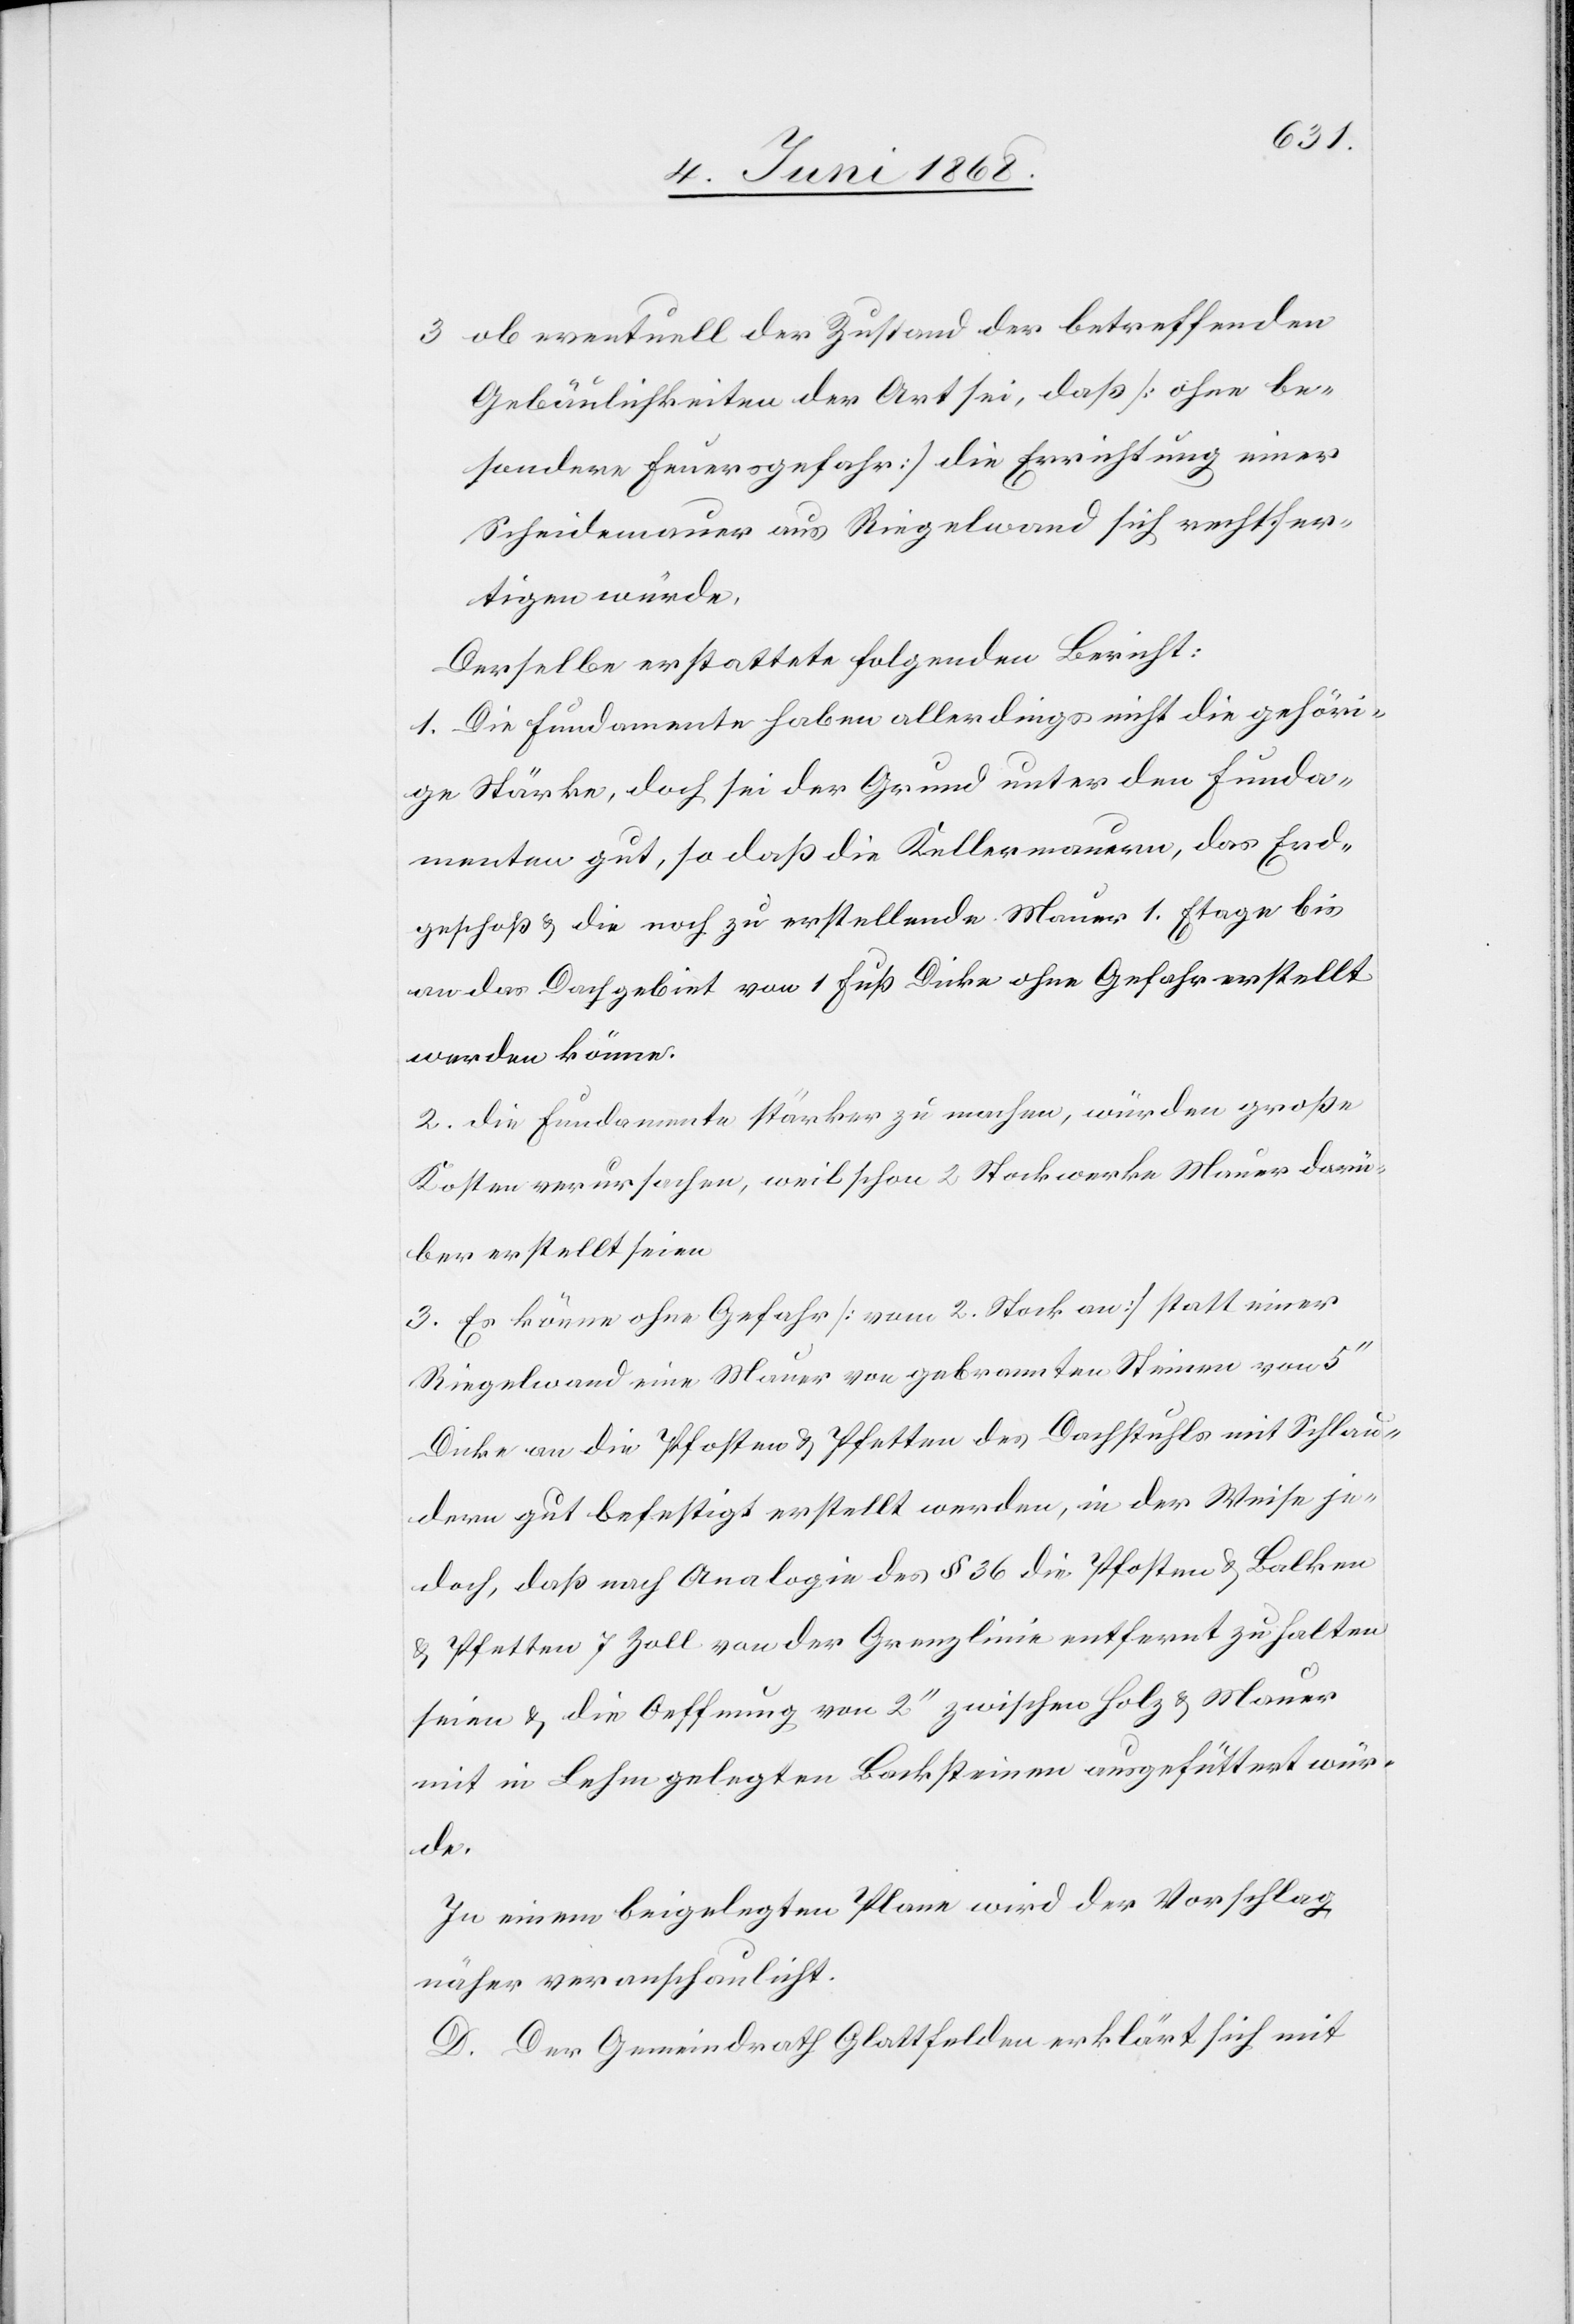
3.
ob eventuell der Zustand der betreffenden
Gebäulichkeiten der Art sei, daß [ohne be¬
sondere Feuersgefahr] die Errichtung einer
Scheidemauer aus Riegelwand sich rechtfer¬
tigen würde.
Derselbe erstattete folgenden Bericht:
1. Die Fundamente haben allerdings nicht die gehöri¬
ge Stärke, doch sei der Grund unter den Funda¬
menten gut, so daß die Kellermauern, das Erd¬
geschoß & die noch zu erstellende Mauer 1. Etage bis
an das Dachgebiet von 1 Fuß Dicke ohne Gefahr erstellt
werden könne.
2. die Fundamente stärker zu machen, würden [sic!] große
Kosten verursachen, weil schon 2 Stockwerke Mauer darü¬
ber erstellt seien
3. Es könne ohne Gefahr [vom 2. Stock an] statt einer
Riegelwand eine Mauer von gebrannten Steinen von
Dicke an die Pfosten & Pfetten des Dachstuhls mit Schlau¬
dern gut befestigt erstellt werden, in der Weise je¬
doch, daß nach Analogie des § 36 die Pfosten & Balken
& Pfetten 7 Zoll von der Grenzlinie entfernt zu halten
seien & die Oeffnung von 2‘‘ zwischen Holz & Mauer
mit in Lehm gelegten Backsteinen ausgefüttert wür¬
de.
In einem beigelegten Plane wird der Vorschlag
näher veranschaulicht.
D. Der Gemeindrath Glattfelden erklärt sich mit